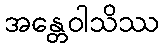
အန္တေဝါသိဿ